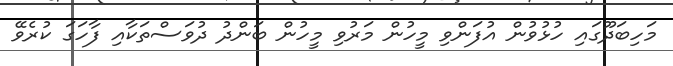
މަހިބަދޫގައި ހުޅުވުން އުފަންވި މީހުން މަރުވި މީހުން ބަންދު ދުވަސްތަކާއި ފާހަގަ ކުރެވޭ